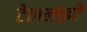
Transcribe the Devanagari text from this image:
टेललाइटें